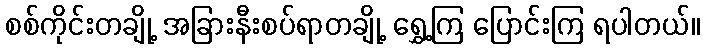
စစ်ကိုင်းတချို့ အခြားနီးစပ်ရာတချို့ ရွှေ့ကြ ပြောင်းကြ ရပါတယ်။